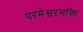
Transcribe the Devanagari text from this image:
परमेश्वरभक्ति